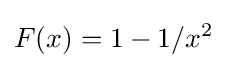
F(x)=1-1/x^{2}